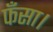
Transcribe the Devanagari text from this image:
फँसा।